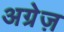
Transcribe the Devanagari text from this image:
अग्रेज़